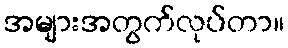
အများအတွက်လုပ်တာ။